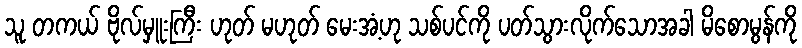
သူ တကယ် ဗိုလ်မှူးကြီး ဟုတ် မဟုတ် မေးအံ့ဟု သစ်ပင်ကို ပတ်သွားလိုက်သောအခါ မိစောမွန်ကို